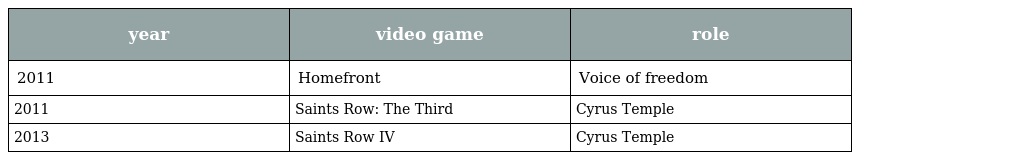
| year | video game | role |
 | --- | --- | --- |
 | 2011 | Homefront | Voice of freedom |
 | 2011 | Saints Row: The Third | Cyrus Temple |
 | 2013 | Saints Row IV | Cyrus Temple |